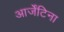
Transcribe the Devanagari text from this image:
आर्जेंटिना